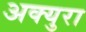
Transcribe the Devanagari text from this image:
अक्युरा